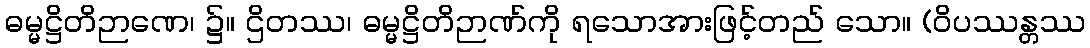
ဓမ္မဋ္ဌိတိဉာဏေ၊ ၌။ ဌိတဿ၊ ဓမ္မဋ္ဌိတိဉာဏ်ကို ရသောအားဖြင့်တည် သော။ (ဝိပဿန္တဿ